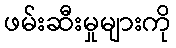
ဖမ်းဆီးမှုများကို